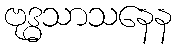
ဗုဒ္ဓသာသနေန